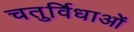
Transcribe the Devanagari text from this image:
चतुर्विधाओं